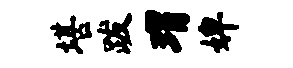
堪跋瑁婢